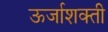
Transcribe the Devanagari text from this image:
ऊर्जाशक्ती